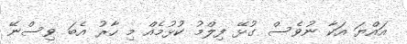
އައްޔަ އަކާ ނުވެސް ގުޅޭ ފިލްމު ކުޅުމެއް މި ހާރު އެބަ ވިސްނޭ